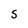
Character: S